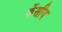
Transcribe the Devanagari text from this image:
केंसीय